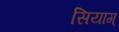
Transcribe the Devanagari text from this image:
सियाग्